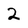
Character: 2